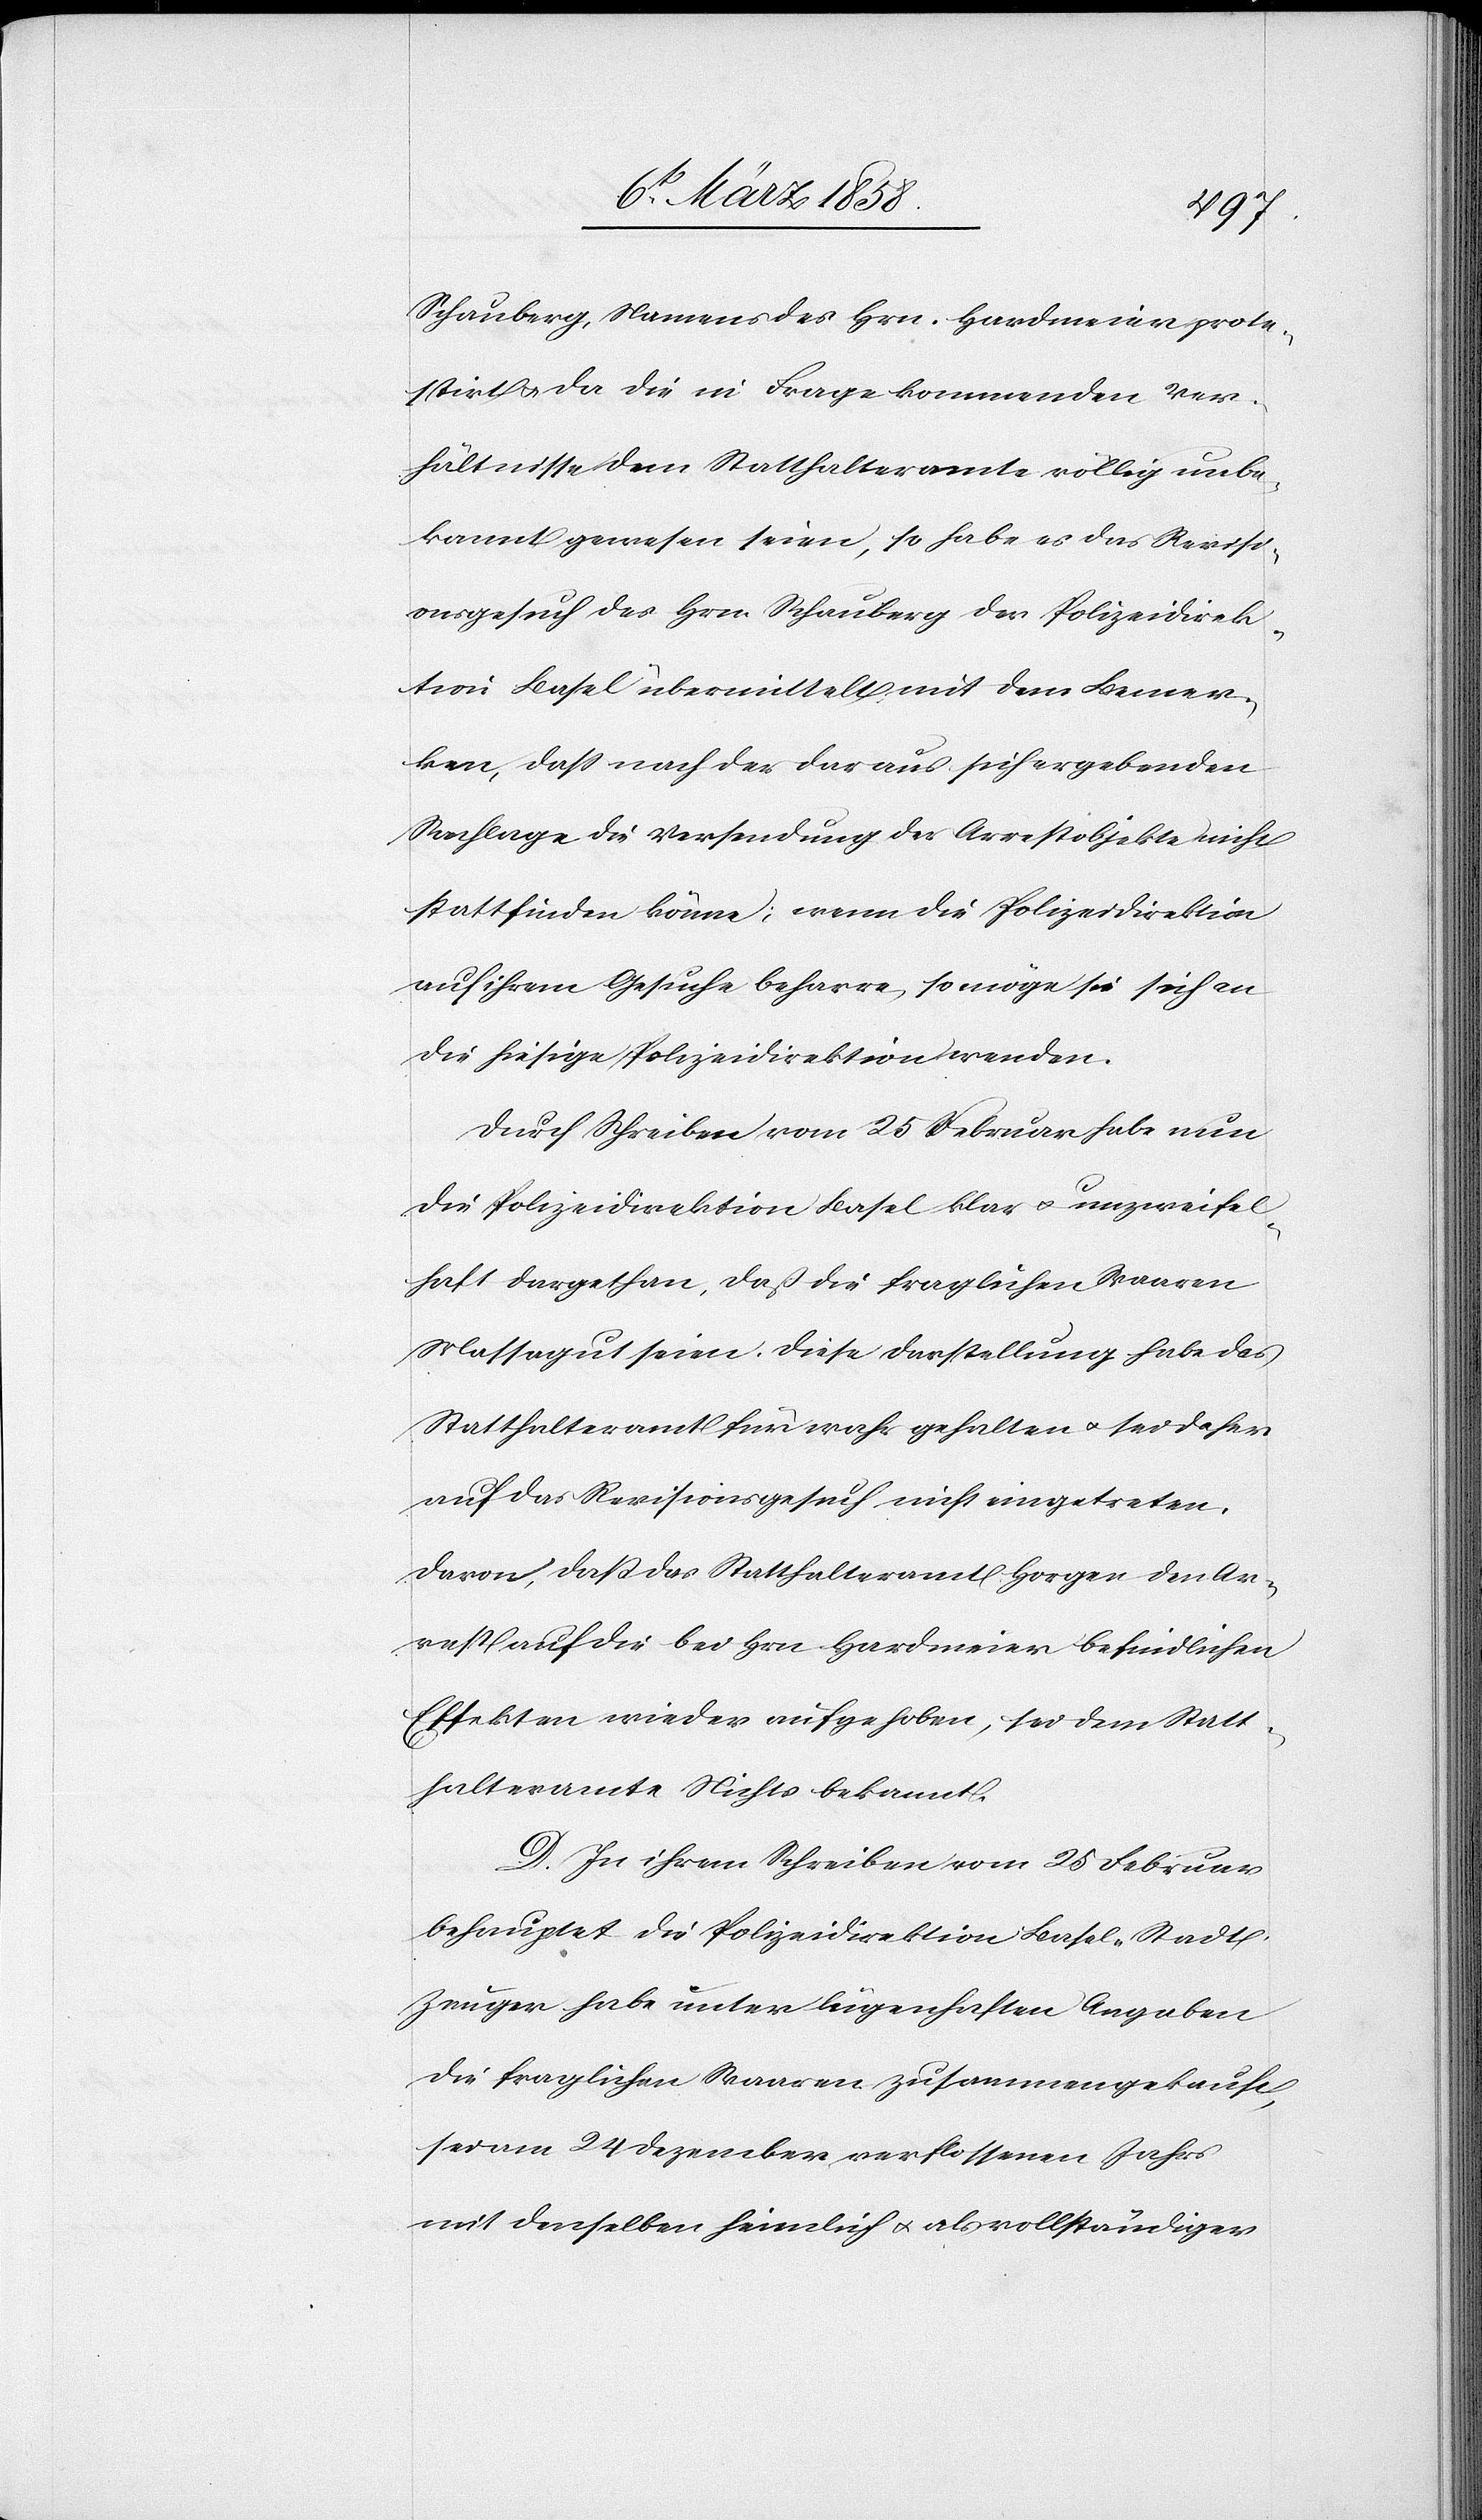
Schauberg, Namens des Hrn. Hardmeier prote¬
stirt u. da die in Frage kommenden Ver¬
hältnisse dem Statthalteramte völlig unbe¬
kannt gewesen seien, so habe es das Revisi¬
onsgesuch des Hrn. Schauberg der Polizeidirek¬
tion Basel übermittelt mit dem Bemer¬
ken, daß nach der daraus sich ergebenden
Sachlage die Versendung der Arrestobjekte nicht
stattfinden könne; wenn die Polizeidirektion
auf ihrem Gesuche beharre, so möge sie sich an
die hiesige Polizeidirektion wenden.
Durch Schreiben vom 25 Februar habe nun
die Polizeidirektion Basel klar u. unzweifel¬
haft dargethan, daß die fraglichen Waaren
Massagut seien. Diese Darstellung habe das
Statthalteramt für wahr gehalten u. sei daher
auf das Revisionsgesuch nicht eingetreten.
Davon, daß das Statthalteramt Horgen den Ar¬
rest auf die bei Hrn. Hardmeier befindlichen
Effekten wieder aufgehoben, sei dem Statt¬
halteramte Nichts bekannt.
D. In ihrem Schreiben vom 25 Februar
behauptet die Polizeidirektion Basel-Stadt
Zeuger habe unter lügenhaften Angaben
die fraglichen Waaren zusammengekauft,
sei am 24 Dezember verflossenen Jahrs
mit denselben heimlich u. als vollständiger